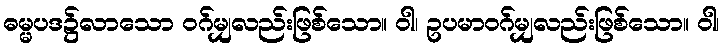
ဓမ္မပဒ၌လာသော ဝဂ်မျှလည်းဖြစ်သော။ ဝါ၊ ဥပမာဝဂ်မျှလည်းဖြစ်သော။ ဝါ၊